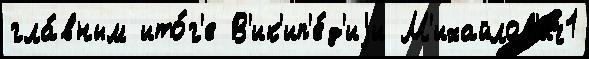
гла́вным ито́г'е В'ик'ип'е́д'иjи М'ихайлов'ич1